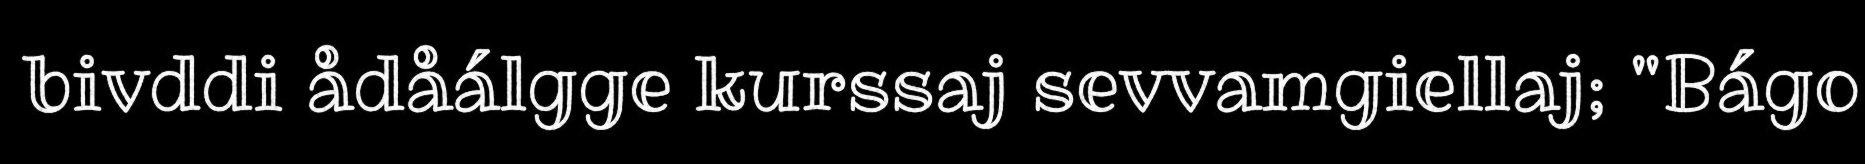
bivddi ådåálgge kurssaj sevvamgiellaj; "Bágo